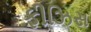
ફીઝિસ